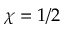
\chi = 1 / 2